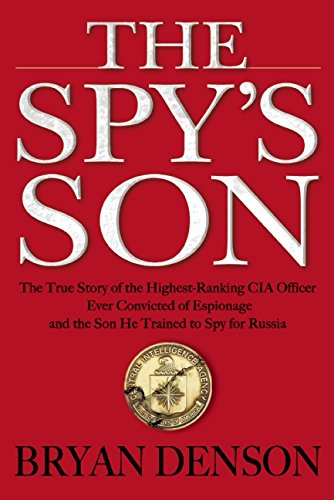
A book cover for The Spy's Son: The True Story of the Highest-Ranking CIA Officer Ever Convicted of Espionage and the Son He Trained to Spy for Russia; Bryan Denson; Biographies & Memoirs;